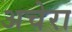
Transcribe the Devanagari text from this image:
अचेरा